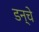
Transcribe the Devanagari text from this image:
डन्चे